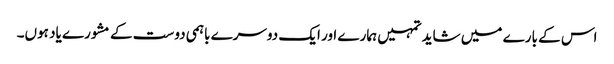
اس کے بارے میں شاید تمہیں ہمارے اور ایک دوسرے باہمی دوست کے مشورے یاد ہوں۔